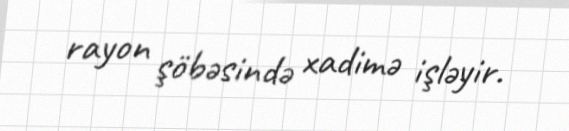
rayon şöbəsində xadimə işləyir.